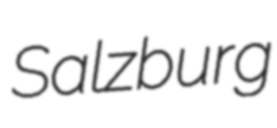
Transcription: Salzburg